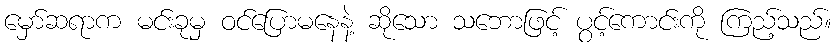
မှော်ဆရာက မင်းခုမှ ဝင်ပြောမနေနဲ့ ဆိုသော သဘောဖြင့် ပွင့်ကောင်းကို ကြည့်သည်။